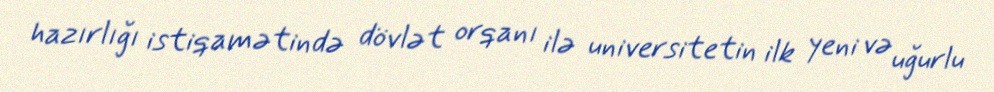
hazırlığı istiqamətində dövlət orqanı ilə universitetin ilk yeni və uğurlu